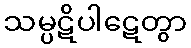
သမ္ပဋိပါဋေတွာ